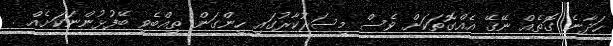
ހަދާނެ ގޮތެއް ނޭގޭ އެއްގޮތަކަށް ވެސް މިސަރުކާރުގައި ހިންގަން ތިއްބެވި ބޭފުޅުންނަކަށެއް .